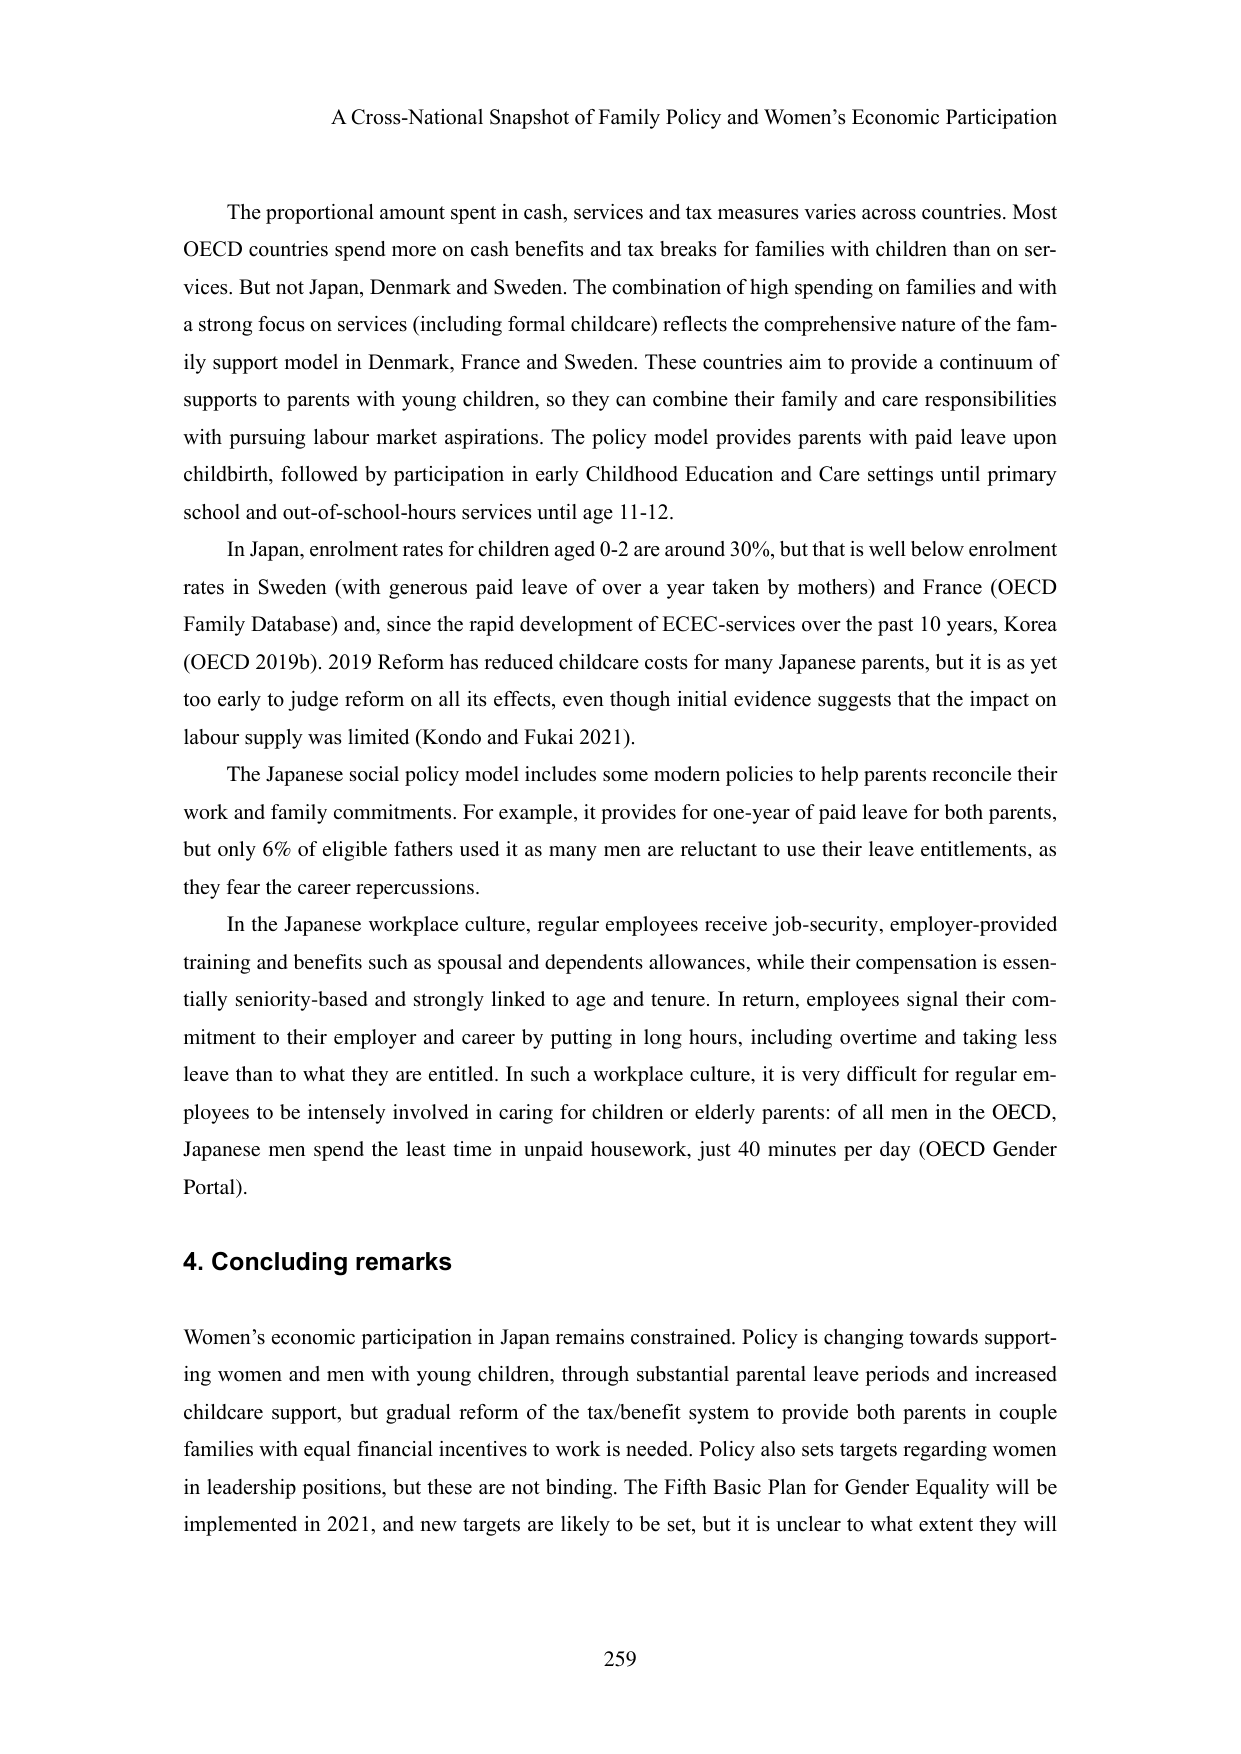
A Cross-National Snapshot of Family Policy and Women’s Economic Participation

The proportional amount spent in cash, services and tax measures varies across countries. Most OECD countries spend more on cash benefits and tax breaks for families with children than on services. But not Japan, Denmark and Sweden. The combination of high spending on families and with a strong focus on services (including formal childcare) reflects the comprehensive nature of the family support model in Denmark, France and Sweden. These countries aim to provide a continuum of supports to parents with young children, so they can combine their family and care responsibilities with pursuing labour market aspirations. The policy model provides parents with paid leave upon childbirth, followed by participation in early Childhood Education and Care settings until primary school and out-of-school-hours services until age 11-12.

In Japan, enrolment rates for children aged 0-2 are around 30%, but that is well below enrolment rates in Sweden (with generous paid leave of over a year taken by mothers) and France (OECD Family Database) and, since the rapid development of ECEC-services over the past 10 years, Korea (OECD 2019b). 2019 Reform has reduced childcare costs for many Japanese parents, but it is as yet too early to judge reform on all its effects, even though initial evidence suggests that the impact on labour supply was limited (Kondo and Fukai 2021).

The Japanese social policy model includes some modern policies to help parents reconcile their work and family commitments. For example, it provides for one-year of paid leave for both parents, but only 6% of eligible fathers used it as many men are reluctant to use their leave entitlements, as they fear the career repercussions.

In the Japanese workplace culture, regular employees receive job-security, employer-provided training and benefits such as spousal and dependents allowances, while their compensation is essentially seniority-based and strongly linked to age and tenure. In return, employees signal their commitment to their employer and career by putting in long hours, including overtime and taking less leave than to what they are entitled. In such a workplace culture, it is very difficult for regular employees to be intensely involved in caring for children or elderly parents: of all men in the OECD, Japanese men spend the least time in unpaid housework, just 40 minutes per day (OECD Gender Portal).

4. Concluding remarks

Women’s economic participation in Japan remains constrained. Policy is changing towards supporting women and men with young children, through substantial parental leave periods and increased childcare support, but gradual reform of the tax/benefit system to provide both parents in couple families with equal financial incentives to work is needed. Policy also sets targets regarding women in leadership positions, but these are not binding. The Fifth Basic Plan for Gender Equality will be implemented in 2021, and new targets are likely to be set, but it is unclear to what extent they will

259